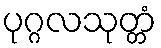
ပုဂ္ဂလသုတ္တံ